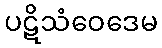
ပဋိသံဝေဒေမ